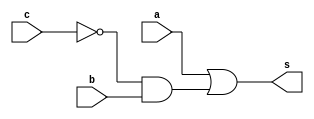
// -------------------------
// Recuperao 01
// Nome: Marcos Antonio Lommez Candido Ribeiro
// 31/10/2022
// -------------------------

module f ( output s, input a, input b, input c );
    wire w1, w2;
    or OR__1 (s,a,w1);
    not NOT_1 (w2,c);
    and AND_1 (w1,w2,b);
endmodule // s = f (a,b,c)


module questao02;
    reg a, b, c; // Variaveis
    reg contador;
    wire s1;     // Respostas

    f F1 ( s1, a, b, c );

    initial
        begin: initial_values
            a = 1'b0; b = 1'b0; c = 1'b0; contador = 0;
        end

    initial
        begin: main
            $display ( "\n" );
            $display ( "||==================================||" );
            $display ( "||  Marcos Antonio Lommez - 771157  ||" );
            $display ( "||==================================||" );
            $display ( "|| m  0 | 1 | 2 | 3 | 4 | 5 | 6 | 7 ||" );
            $display ( "||    0 | 0 | 1 | 0 | 1 | 1 | 1 | 1 ||" );
            $display ( "||==================================||" );
            $display ( "|| mintermo || variaveis ||  saida  ||" );
            $display ( "||----------||-----------||---------||" );
            $monitor ( "||    m%1d    ||   %b %b %b   ||    %b    ||", $time, a, b, c, s1);

            #1 a = 0; b = 0; c = 0; contador = 0;
            #1 a = 0; b = 0; c = 1; contador = 1;
            #1 a = 0; b = 1; c = 0; contador = 2;
            #1 a = 0; b = 1; c = 1; contador = 3;
            #1 a = 1; b = 0; c = 0; contador = 4;
            #1 a = 1; b = 0; c = 1; contador = 5;
            #1 a = 1; b = 1; c = 0; contador = 6;
            #1 a = 1; b = 1; c = 1; contador = 7;
            #1 $display ( "||==================================||" );
            #1 $display ( "\n" );
        end

endmodule

/* 
||==================================||
||  Marcos Antonio Lommez - 771157  ||
||==================================||
|| m  0 | 1 | 2 | 3 | 4 | 5 | 6 | 7 ||
||    0 | 0 | 1 | 0 | 1 | 1 | 1 | 1 ||
||==================================||
|| mintermo || variaveis ||  saida  ||
||----------||-----------||---------||
||    m0    ||   0 0 0   ||    0    ||
||    m2    ||   0 0 1   ||    0    ||
||    m3    ||   0 1 0   ||    1    ||
||    m4    ||   0 1 1   ||    0    ||
||    m5    ||   1 0 0   ||    1    ||
||    m6    ||   1 0 1   ||    1    ||
||    m7    ||   1 1 0   ||    1    ||
||    m8    ||   1 1 1   ||    1    ||
||==================================|| 
*/